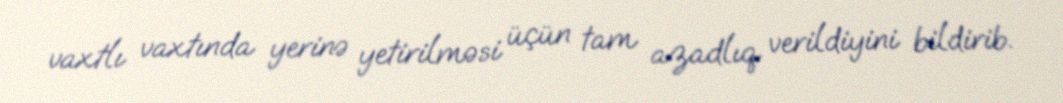
vaxtlı vaxtında yerinə yetirilməsi üçün tam azadlıq verildiyini bildirib.